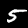
Digit: 5